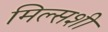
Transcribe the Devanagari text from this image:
मिल्सशी